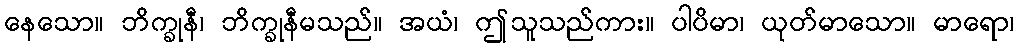
နေသော။ ဘိက္ခုနီ၊ ဘိက္ခုနီမသည်။ အယံ၊ ဤသူသည်ကား။ ပါပိမာ၊ ယုတ်မာသော။ မာရော၊